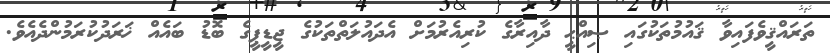
ތަރައްޤީވެފައިވާ ޤައުމުތަކުގައި ޞިއްޙީ ދާއިރާގެ ކުރިއެރުމަށް އެދައުލަތްތަކުގެ ޖީޑީޕީގެ ބޮޑު ބައެއް ޚަރަދުކުރަމުންދެއެވެ.